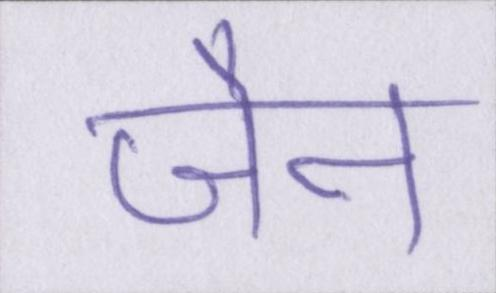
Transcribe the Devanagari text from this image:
जैन